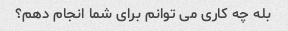
بله چه کاری می توانم برای شما انجام دهم؟